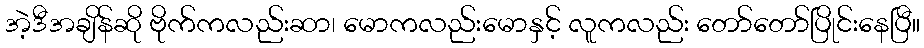
အဲ့ဒီအချိန်ဆို ဗိုက်ကလည်းဆာ၊ မောကလည်းမောနှင့် လူကလည်း တော်တော်ပြိုင်းနေပြီ။